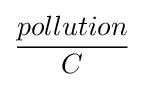
{\frac {pollution}{C}}